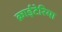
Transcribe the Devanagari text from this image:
क्राईटेरिया